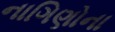
નાગિણોના